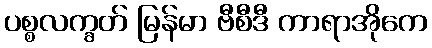
ပစ္စလက္ခတ် မြန်မာ ဗီစီဒီ ကာရာအိုကေ